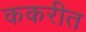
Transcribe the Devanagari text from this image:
ककरीत